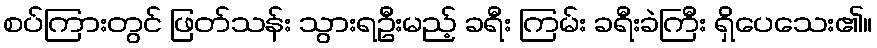
စပ်ကြားတွင် ဖြတ်သန်း သွားရဦးမည့် ခရီး ကြမ်း ခရီးခဲကြီး ရှိပေသေး၏။